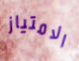
الامتياز